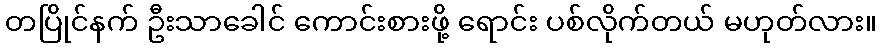
တပြိုင်နက် ဦးသာခေါင် ကောင်းစားဖို့ ရောင်း ပစ်လိုက်တယ် မဟုတ်လား။